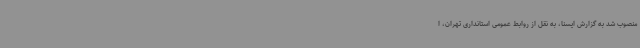
منصوب شد به گزارش ایسنا، به نقل از روابط عمومی استانداری تهران، ا